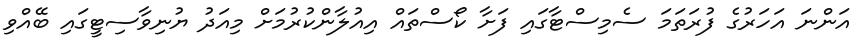
އަންނަ އަހަރުގެ ފުރަތަމަ ސެމިސްޓާގައި ފަށާ ކޯސްތައް އިއުލާންކުރުމަށް މިއަދު ޔުނިވާސިޓީގައި ބޭއްވި